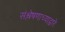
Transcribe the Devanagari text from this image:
संश्लेषणाच्याद्वारे